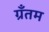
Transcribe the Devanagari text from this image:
ग्रँतम